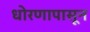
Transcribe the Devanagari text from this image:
धोरणापासून